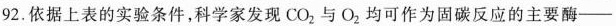
92.依据上表的实验条件，科学家发现CO_{2}与O_{2}均可作为固碳反应的主要酶——